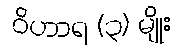
ဝိဟာရ (၃) မျိုး